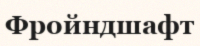
Фройндшафт